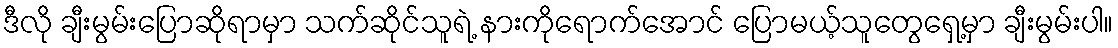
ဒီလို ချီးမွမ်းပြောဆိုရာမှာ သက်ဆိုင်သူရဲ့ နားကိုရောက်အောင် ပြောမယ့်သူတွေရှေ့မှာ ချီးမွမ်းပါ။